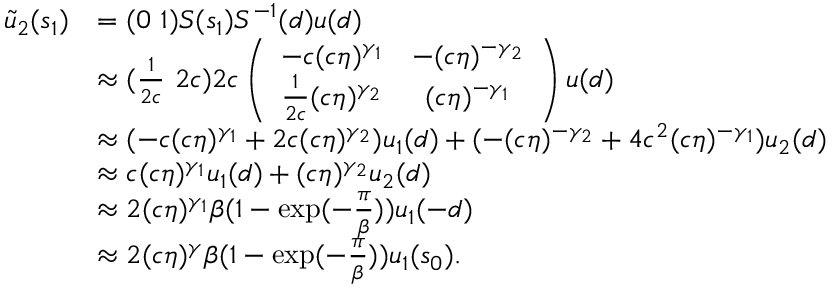
\begin{array} { r l } { \tilde { u } _ { 2 } ( s _ { 1 } ) } & { = ( 0 \ 1 ) S ( s _ { 1 } ) S ^ { - 1 } ( d ) u ( d ) } \\ & { \approx ( \frac { 1 } { 2 c } \ 2 c ) 2 c \left( \begin{array} { c c } { - c ( c \eta ) ^ { \gamma _ { 1 } } } & { - ( c \eta ) ^ { - \gamma _ { 2 } } } \\ { \frac { 1 } { 2 c } ( c \eta ) ^ { \gamma _ { 2 } } } & { ( c \eta ) ^ { - \gamma _ { 1 } } } \end{array} \right) u ( d ) } \\ & { \approx ( - c ( c \eta ) ^ { \gamma _ { 1 } } + 2 c ( c \eta ) ^ { \gamma _ { 2 } } ) u _ { 1 } ( d ) + ( - ( c \eta ) ^ { - \gamma _ { 2 } } + 4 c ^ { 2 } ( c \eta ) ^ { - \gamma _ { 1 } } ) u _ { 2 } ( d ) } \\ & { \approx c ( c \eta ) ^ { \gamma _ { 1 } } u _ { 1 } ( d ) + ( c \eta ) ^ { \gamma _ { 2 } } u _ { 2 } ( d ) } \\ & { \approx 2 ( c \eta ) ^ { \gamma _ { 1 } } \beta ( 1 - \exp ( - \frac \pi \beta ) ) u _ { 1 } ( - d ) } \\ & { \approx 2 ( c \eta ) ^ { \gamma } \beta ( 1 - \exp ( - \frac \pi \beta ) ) u _ { 1 } ( s _ { 0 } ) . } \end{array}